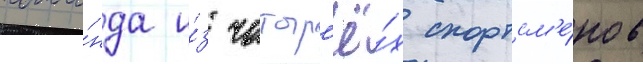
кома́нда и́з четыр'ё́х спортсм'е́нов